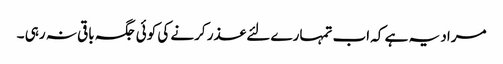
مراد یہ ہے کہ اب تمہارے لئے عذر کرنے کی کوئی جگہ باقی نہ رہی ۔